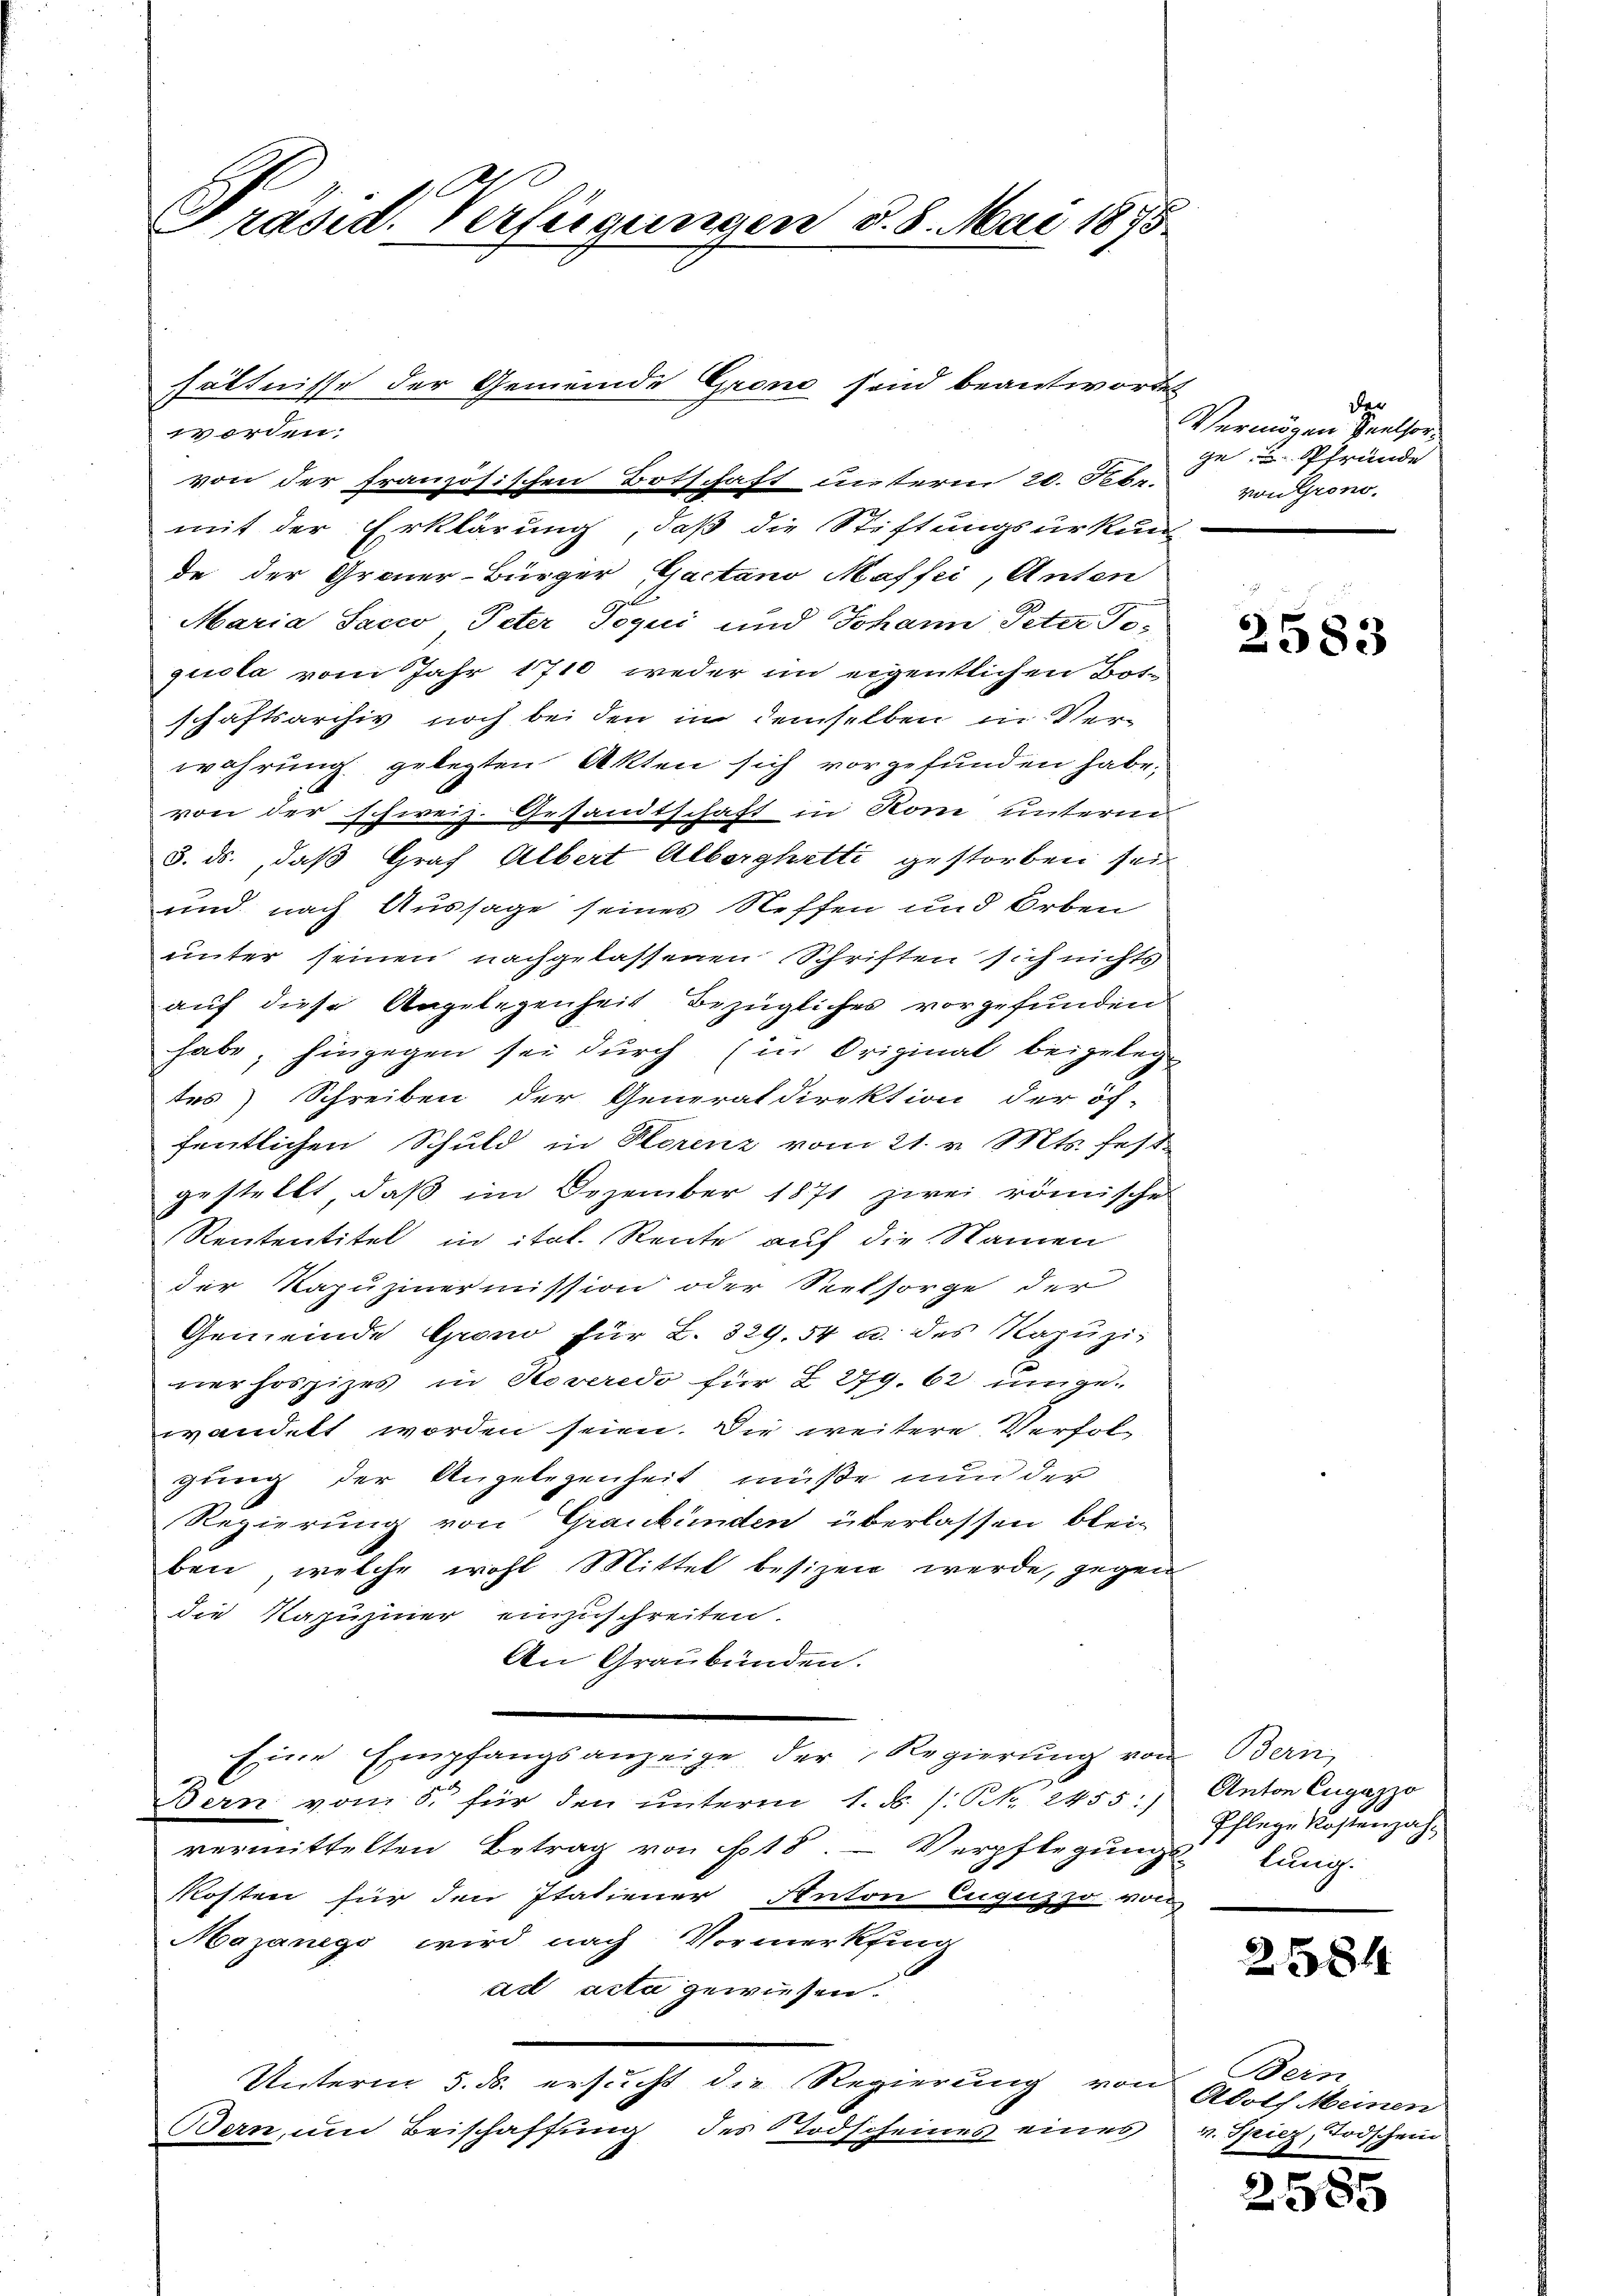
Präsid. Verfügungen d. 8. Mai 1873.

worden;
von der französischen Botschaft unterm 20. Feb.
mit der Erklärung, daß die Stiftungsurkun
de der Grauer-Bürger Bactano Maffei, Anton
Maria Sacco Peter Soqui und Johann Peter To-
quola vom Jahr 1710 weder im eigentlichen Bosschaftsarchiv noch bei den in demselben in Verwahrung gelegten Akten sich vorgefunden habe.
von der schweiz. Gesandtschaft in Rom unterm
5. ds., daß Graf Albert Alberghetti gestorben sei
und nach Aussage seines Neffen und Orben
unter seinen nachgelassenen Schriften sich nichts
auf diese Angelegenheit bezügliches vorgefunden
habe, hingegen sei durch (in Original beigeleg
tes) Schreiben der Generaldirektion der öf-
fentlichen Schuld in Storenz vom 21. v. Mts. festgestellt, daß im Dezember 1871 zwei römische
Rententitel in ital. Reute auf die Namen
der Kapuzinermission oder Seelsorge der
Gemeinde Grono für L. 329. 54 u. des Kapŭzi-
nerhosziges in Hoveredo für I 279. 62 ingewandelt worden seien. Die weitere Verfolgung der Angelegenheit müße nun der
Regierung von Graubünden überlassen blei-
ben, welche wohl Mittel besizen werde, gegen
die Kapuziner einzuschreiten.
An Graubünden.
Eine Empfangsanzeige der Regierung von
Bern vom 5. für den ŭnterm 1. ds. /: S. 2455:)
vermittelten Betrag von 18 Verpflegung
Kosten für den Italiener Anton Euguzzo von
Mazanego wird nach Vormerkfing
ad acta gewiesen.
Unterm 5. ds. ersucht die Regierung von
Bern, um Beischaffung des Todscheines eines

hältnisse der Gemeinde Grono sind beantwortet

de
Vermögen Seelsorge und Pfründe
von Grono.

2583

Bern,
Anton Eugazzo
Pflege Kostenzahdlung.

2584

Bein
Adolf Meinen
v. Spiez, Todschein

2585